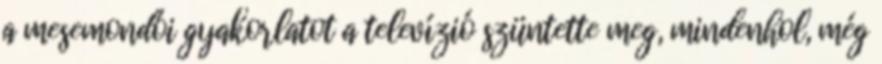
a mesemondói gyakorlatot a televízió szüntette meg, mindenhol, még